Indian journal of veterinary science and animal husbandry - Volumes 15-17, 1948-1951
Year: 1948
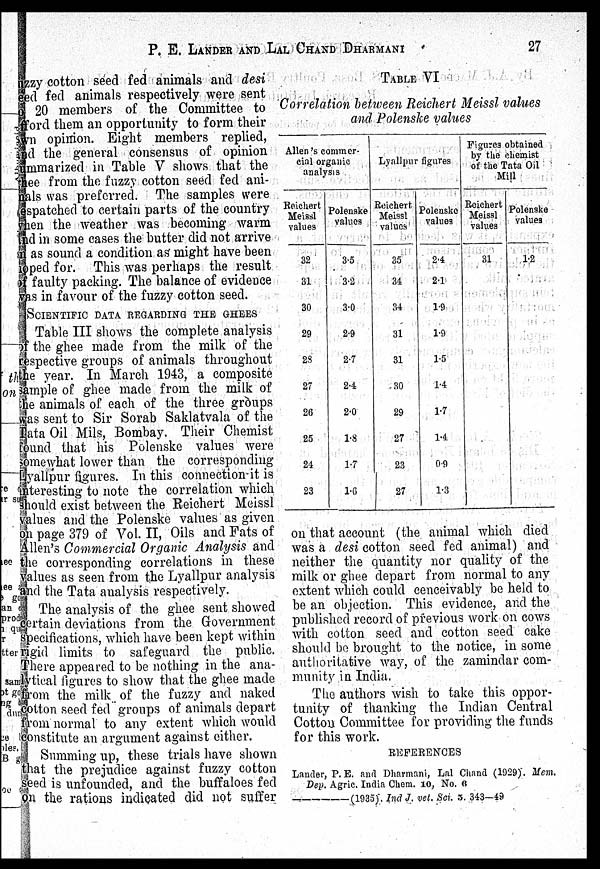
P. E. LANDER AND LAL CHAND DHARMANI 27
uzzy cotton seed fed animals and desi
eed fed animals respectively were sent
o 20 members of the Committee to
fford them an opportunity to form their
wn opinion. Eight members replied,
and the general consensus of opinion
ummarized in Table V shows that the
thee from the fuzzy cotton seed fed ani-
nals was preferred. The samples were
espatched to certain parts of the country
when the weather was becoming warm
and in some cases the butter did not arrive
n as sound a condition as might have been
hoped for. This was perhaps the result
of faulty packing. The balance of evidence
was in favour of the fuzzy cotton seed.
SCIENTIFIC DATA REGARDING THE GHEES
Table III shows the complete analysis
of the ghee made from the milk of the
respective groups of animals throughout
the year. In March 1943, a composite
sample of ghee made from the milk of
the animals of each of the three groups
was sent to Sir Sorab Saklatvala of the
Tata Oil Mils, Bombay. Their Chemist
found that his Polenske values were
somewhat lower than the corresponding
Lyallpur figures. In this connection it is
interesting to note the correlation which
should exist between the Reichert Meissl
values and the Polenske values as given
on page 379 of Vol. II, Oils and Fats of
Allen's Commercial Organic Analysis and
the corresponding correlations in these
values as seen from the Lyallpur analysis
and the Tata analysis respectively.
The analysis of the ghee sent showed
certain deviations from the Government
specifications, which have been kept within
rigid limits to safeguard the public.
There appeared to be nothing in the ana-
lytical figures to show that the ghee made
from the milk of the fuzzy and naked
cotton seed fed groups of animals depart
from normal to any extent which would
constitute an argument against either.
Summing up, these trials have shown
that the prejudice against fuzzy cotton
seed is unfounded, and the buffaloes fed
on the rations indicated did not suffer
on that account (the animal which died
was a desi cotton seed fed animal) and
neither the quantity nor quality of the
milk or ghee depart from normal to any
extent which could cenceivably be held to
be an objection. This evidence, and the
published record of previous work on cows
with cotton seed and cotton seed cake
should be brought to the notice, in some
authoritative way, of the zamindar com-
munity in India.
The authors wish to take this oppor-
tunity of thanking the Indian Central
Cotton Committee for providing the funds
for this work.
REFERENCES
Lander, P. E. and Dharmani, Lal Chand (1929). Mem.
Dep. Agric. India Chem. 10, No. 6
——(1935) Ind J. vet. Sci. 5. 343—49
TABLE VI
Correlation between Reichert Meissl values
and Polenske values
Allen's commer-
cial Organie
analysis
Reichert
Meissl
values
32
31
30
29
28
27
26
25
24
23
Polenske
values
3.5
3.2
3.0
2.9
2.7
2.4
2.0
1.8
1.7
1.6
Lyallpur figures
Reichert
Meissl
values
35
34
34
31
31
30
29
27
23
27
Polenske
values
2.4
2.1
1.9
1.9
1.5
1.4
1.7
1.4
0.9
1.3
Figures
obtained
by the chemist
of the Tata Oil
Mill
Reichert
Meissl
values
31
Polenske
values
1.2